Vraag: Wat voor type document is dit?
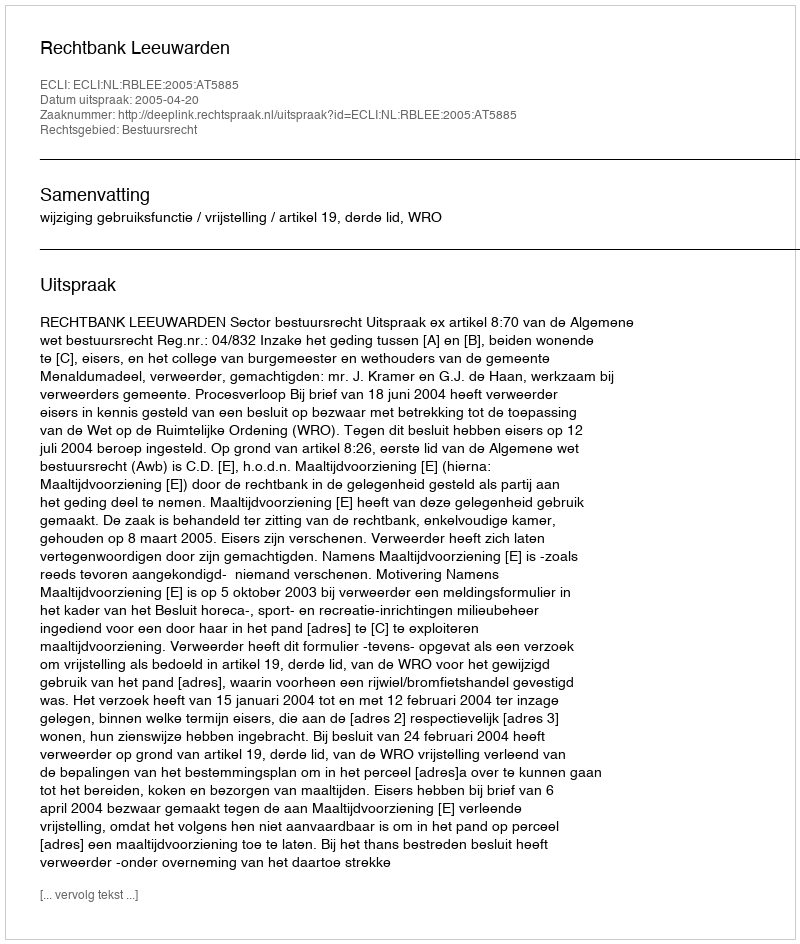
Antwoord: Uitspraak